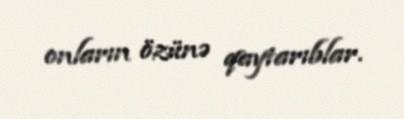
onların özünə qaytarıblar.